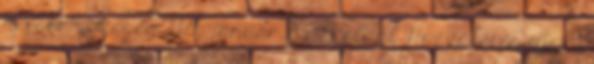
névsor”, Szeged, 1925. január 20., 4. oldal Hozzáférés ideje: